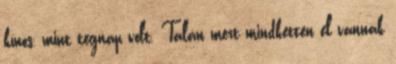
kínos, mint tegnap volt. Talán mert mindketten el vannak